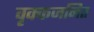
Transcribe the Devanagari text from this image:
वृक्कजनित